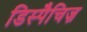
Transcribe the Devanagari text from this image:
डिस्पैचिज़